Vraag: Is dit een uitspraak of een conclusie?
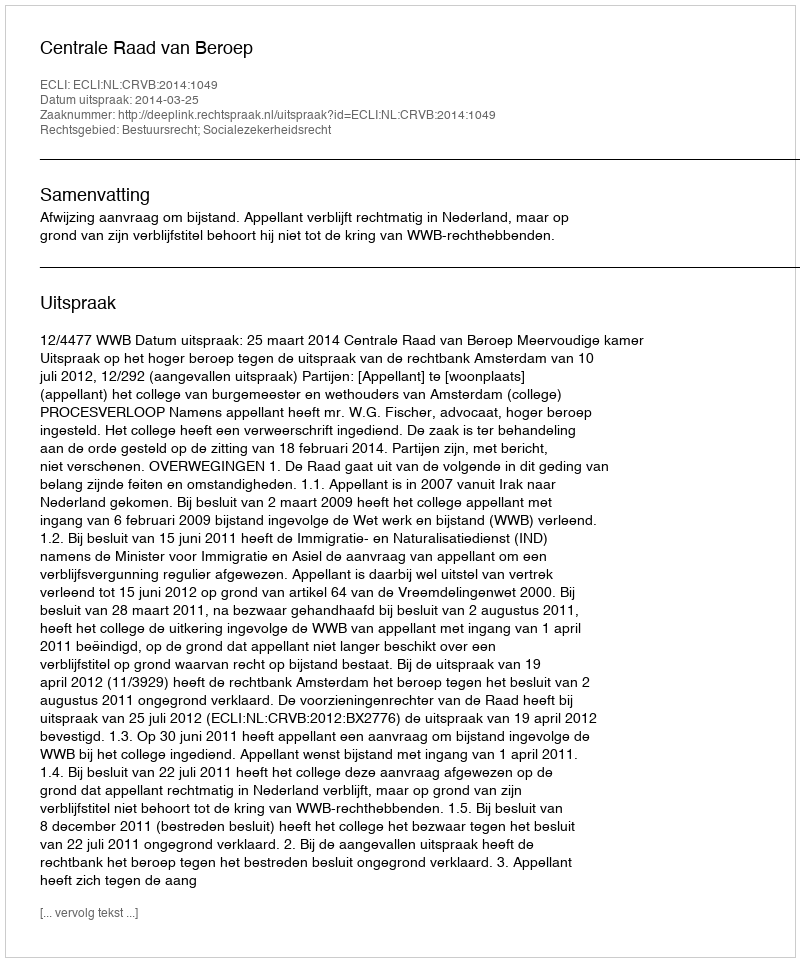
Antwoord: Uitspraak